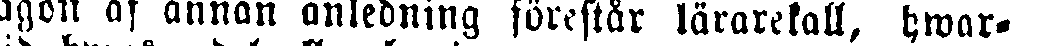
någon af annan anledning förestår lärarefall, hwar-